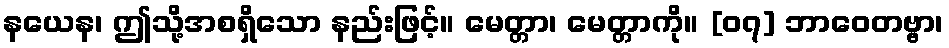
နယေန၊ ဤသို့အစရှိသော နည်းဖြင့်။ မေတ္တာ၊ မေတ္တာကို။ [၀၇] ဘာဝေတဗ္ဗာ၊